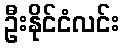
ဦးနိုင်ငံလင်း